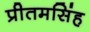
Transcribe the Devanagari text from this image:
प्रीतमसिंह